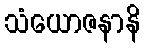
သံယောဇနာနိ